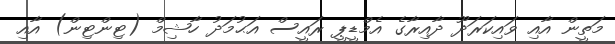
މަތީން އާއި ވައިކަރަދޫ ދާއިރާގެ އެމްޑީޕީ ރައީސް އަޙުމަދު ހާޝިމް (ޓިންޓިން) އާއި